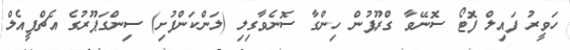
ހަވީރު ފައިލް ފޮޓޯ ސޮނޭވާ ގްރޫޕުން ހިންގާ ސޮނެވާގިލި (ލަންކަންފުށި) ސިންގަޕޫރުގެ އެޗްޕީއެލް